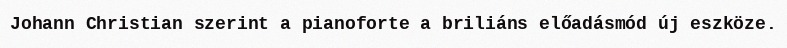
Johann Christian szerint a pianoforte a briliáns előadásmód új eszköze.